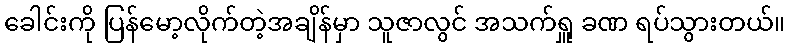
ခေါင်းကို ပြန်မော့လိုက်တဲ့အချိန်မှာ သူဇာလွင် အသက်ရှူ ခဏ ရပ်သွားတယ်။